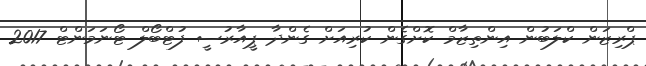
ޕްރިޒަން ކްލަބުން އިންތިޒާމް ކޮށްގެން ކުރިއަށް ގެންދާ ޕީއާރުސީ ފުޓްބޯލް ޓޯނަމަންޓް 2017